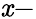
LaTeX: \mathit{x}-